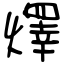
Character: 燡